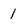
Character: 1